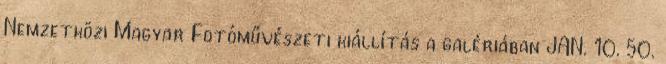
Nemzetközi Magyar Fotóművészeti kiállítás a galériában JAN. 10. 50.